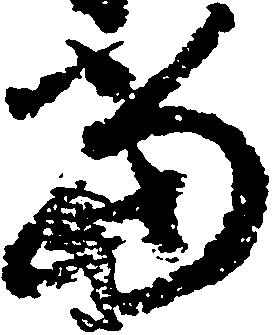
当